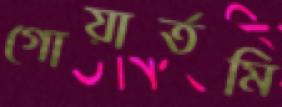
গোয়ার্তমি